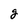
Character: g